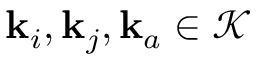
\mathbf { k } _ { i } , \mathbf { k } _ { j } , \mathbf { k } _ { a } \in \mathcal { K }